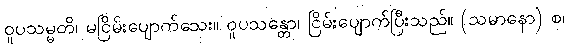
ဝူပသမ္မတိ၊ မငြိမ်းပျောက်သေး။ ဝူပသန္တော၊ ငြိမ်းပျောက်ပြီးသည်။ (သမာနော) စ၊